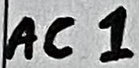
Text: AC1